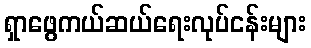
ရှာဖွေကယ်ဆယ်ရေးလုပ်ငန်းများ